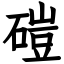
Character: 磑